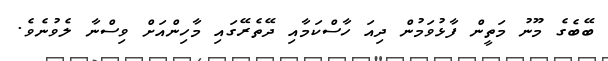
ބޭބެގެ މޫނު މަތީން ފާޅުވަމުން ދިއަ ހާސްކަމާއި ދޭތެރޭގައި މާހިންއަށް ވިސްނާ ލެވުނެވެ.